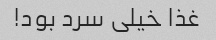
غذا خیلی سرد بود!